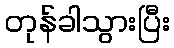
တုန်ခါသွားပြီး